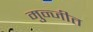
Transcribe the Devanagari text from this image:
मुन्जीत